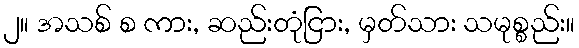
၂။ အသစ် စ ကား, ဆည်းတုံငြား, မှတ်သား သမုစ္စည်း။